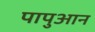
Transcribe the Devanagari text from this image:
पापुआन